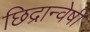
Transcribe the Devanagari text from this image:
छिद्रान्वेषी